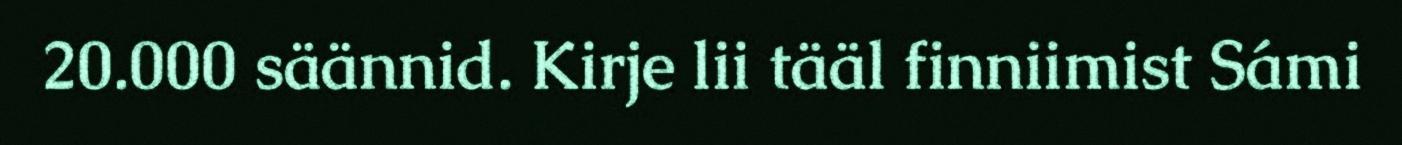
20.000 säännid. Kirje lii tääl finniimist Sámi